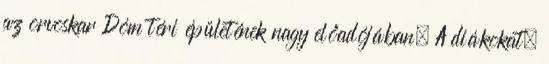
az orvoskar Dóm téri épületének nagy előadójában. A diákokat,